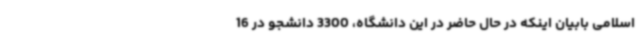
اسلامی بابیان اینکه در حال حاضر در این دانشگاه، 3300 دانشجو در 16